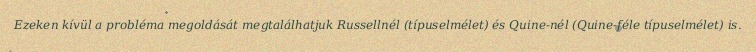
Ezeken kívül a probléma megoldását megtalálhatjuk Russellnél (típuselmélet) és Quine-nél (Quine-féle típuselmélet) is.